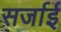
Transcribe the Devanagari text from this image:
सर्जाई